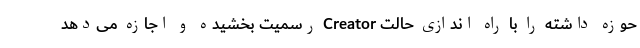
حوزه داشته را با راه اندازی حالت Creator رسمیت بخشیده و اجازه می‌دهد